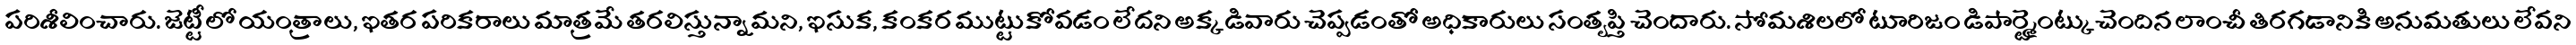
పరిశీలించారు. జెట్టీలో యంత్రాలు, ఇతర పరికరాలు మాత్రమే తరలిస్తున్నామని, ఇసుక, కంకర ముట్టుకోవడం లేదని అక్కడివారు చెప్పడంతో అధికారులు సంతృప్తి చెందారు. సోమశిలలో టూరిజం డిపార్ట్మెంట్కుచెందిన లాంచీ తిరగడానికి అనుమతులు లేవని